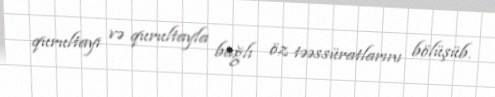
qurultayı və qurultayla bağlı öz təəssüratlarını bölüşüb.